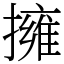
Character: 擁